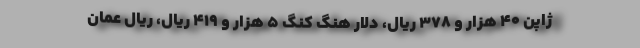
ژاپن ۴۰ هزار و ۳۷۸ ریال، دلار هنگ کنگ ۵ هزار و ۴۱۹ ریال، ریال عمان